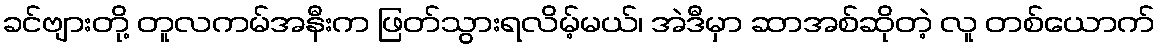
ခင်ဗျားတို့ တူလကမ်အနီးက ဖြတ်သွားရလိမ့်မယ်၊ အဲဒီမှာ ဆာအစ်ဆိုတဲ့ လူ တစ်ယောက်